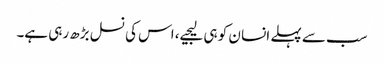
سب سے پہلے انسا ن کو ہی لیجیے، اس کی نسل بڑھ رہی ہے۔